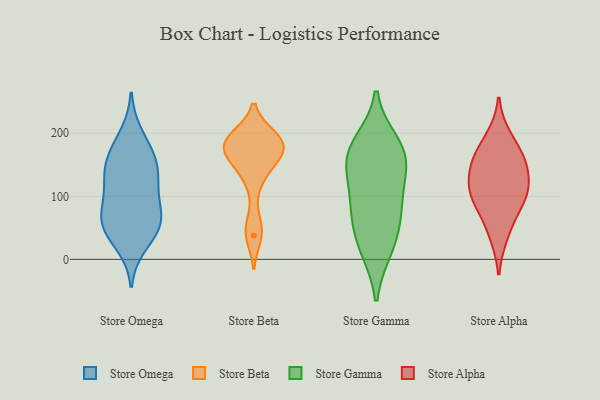
{"axis": {"x": "Budget (USD K)", "y": "Value"}, "legend": ["Store Alpha", "Store Beta", "Store Gamma", "Store Omega"], "data": [{"x": "", "y": 44, "type": "Store Omega"}, {"x": "", "y": 137, "type": "Store Omega"}, {"x": "", "y": 67, "type": "Store Omega"}, {"x": "", "y": 103, "type": "Store Omega"}, {"x": "", "y": 73, "type": "Store Omega"}, {"x": "", "y": 159, "type": "Store Omega"}, {"x": "", "y": 198, "type": "Store Omega"}, {"x": "", "y": 44, "type": "Store Omega"}, {"x": "", "y": 62, "type": "Store Omega"}, {"x": "", "y": 69, "type": "Store Omega"}, {"x": "", "y": 121, "type": "Store Omega"}, {"x": "", "y": 23, "type": "Store Omega"}, {"x": "", "y": 131, "type": "Store Omega"}, {"x": "", "y": 156, "type": "Store Omega"}, {"x": "", "y": 174, "type": "Store Omega"}, {"x": "", "y": 161, "type": "Store Beta"}, {"x": "", "y": 194, "type": "Store Beta"}, {"x": "", "y": 152, "type": "Store Beta"}, {"x": "", "y": 125, "type": "Store Beta"}, {"x": "", "y": 38, "type": "Store Beta"}, {"x": "", "y": 180, "type": "Store Beta"}, {"x": "", "y": 188, "type": "Store Beta"}, {"x": "", "y": 180, "type": "Store Beta"}, {"x": "", "y": 192, "type": "Store Beta"}, {"x": "", "y": 172, "type": "Store Beta"}, {"x": "", "y": 51, "type": "Store Beta"}, {"x": "", "y": 74, "type": "Store Gamma"}, {"x": "", "y": 167, "type": "Store Gamma"}, {"x": "", "y": 136, "type": "Store Gamma"}, {"x": "", "y": 96, "type": "Store Gamma"}, {"x": "", "y": 152, "type": "Store Gamma"}, {"x": "", "y": 184, "type": "Store Gamma"}, {"x": "", "y": 17, "type": "Store Gamma"}, {"x": "", "y": 171, "type": "Store Gamma"}, {"x": "", "y": 71, "type": "Store Gamma"}, {"x": "", "y": 24, "type": "Store Gamma"}, {"x": "", "y": 38, "type": "Store Alpha"}, {"x": "", "y": 105, "type": "Store Alpha"}, {"x": "", "y": 108, "type": "Store Alpha"}, {"x": "", "y": 148, "type": "Store Alpha"}, {"x": "", "y": 161, "type": "Store Alpha"}, {"x": "", "y": 195, "type": "Store Alpha"}, {"x": "", "y": 74, "type": "Store Alpha"}, {"x": "", "y": 163, "type": "Store Alpha"}, {"x": "", "y": 99, "type": "Store Alpha"}, {"x": "", "y": 129, "type": "Store Alpha"}]}